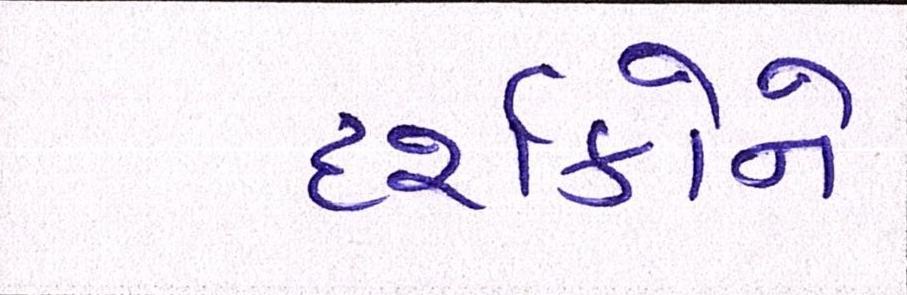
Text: દર્શકોને